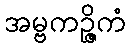
အမ္ဗကဉ္ဇိကံ